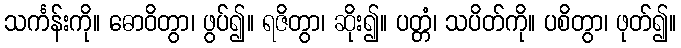
သင်္ကန်းကို။ ဓောဝိတွာ၊ ဖွပ်၍။ ရဇိတွာ၊ ဆိုး၍။ ပတ္တံ၊ သပိတ်ကို။ ပစိတွာ၊ ဖုတ်၍။